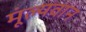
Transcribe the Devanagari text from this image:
मूंल्‍यवान